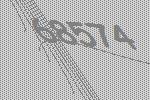
68574